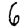
Digit: 6